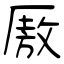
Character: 厫